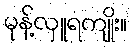
မုန့်လှူရကျိုး။